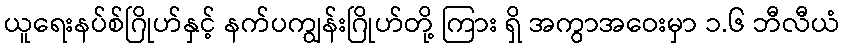
ယူရေးနပ်စ်ဂြိုဟ်နှင့် နက်ပကျွန်းဂြိုဟ်တို့ ကြား ရှိ အကွာအဝေးမှာ ၁.၆ ဘီလီယံ